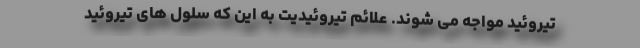
تیروئید مواجه می شوند. علائم تیروئیدیت به این که سلول های تیروئید